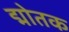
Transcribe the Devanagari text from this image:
द्मोतक